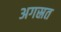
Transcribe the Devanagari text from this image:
अगस्रत